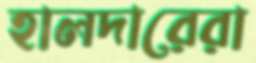
হালদারেরা